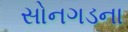
સોનગડના